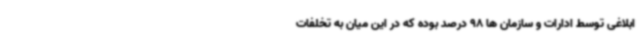
ابلاغی توسط ادارات و سازمان ها 98 درصد بوده که در این میان به تخلفات